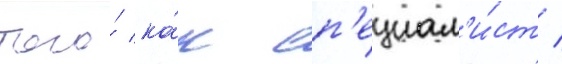
того́ ка́к сп'ециал'и́ст /